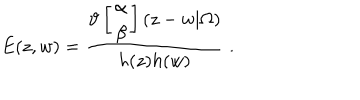
LaTeX: E ( z , w ) = \frac { \vartheta \left[ \begin{array} { c } { { \alpha } } \\ { { \beta } } \\ \end{array} \right] ( z - w | \Omega ) } { h ( z ) h ( w ) } \; .